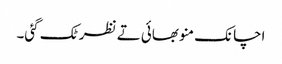
اچانک منو بھائی تے نظر ٹک گئی۔